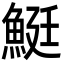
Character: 䱓